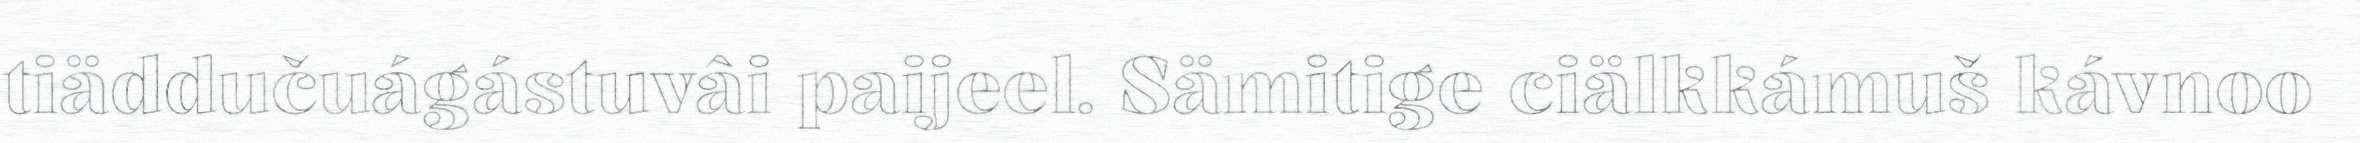
tiäddučuágástuvâi paijeel. Sämitige ciälkkámuš kávnoo